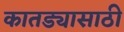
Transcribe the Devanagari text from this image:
कातड्यासाठी